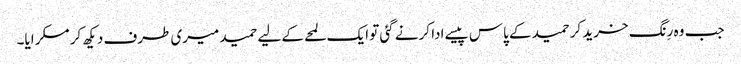
جب وہ رِنگ خرید کر حمید کے پاس پیسے ادا کرنے گئی تو ایک لمحے کے لیے حمید میری طرف دیکھ کر مسکرایا۔